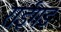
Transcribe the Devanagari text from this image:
राईगड